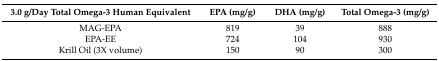
| 3.0 g/Day Total Omega-3 Human Equivalent | EPA (mg/g) | DHA (mg/g) | Total Omega-3 (mg/g) |
 | --- | --- | --- | --- |
 | MAG-EPA | 819 | 39 | 888 |
 | EPA-EE | 724 | 104 | 930 |
 | Krill Oil (3X volume) | 150 | 90 | 300 |